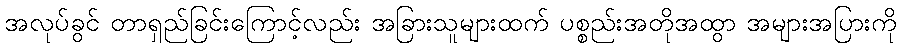
အလုပ်ခွင် တာရှည်ခြင်းကြောင့်လည်း အခြားသူများထက် ပစ္စည်းအတိုအထွာ အများအပြားကို